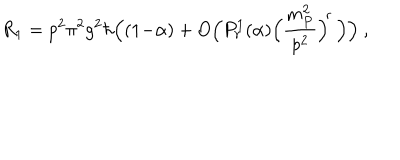
R _ { 1 } = p ^ { 2 } \pi ^ { 2 } g ^ { 2 } \hbar \Big ( ( 1 { - } \alpha ) + O \Big ( P _ { r } ^ { 1 } ( \alpha ) \Big ( \frac { m _ { P } ^ { 2 } } { p ^ { 2 } } \Big ) ^ { \! r } \, \Big ) \Big ) ~ ,